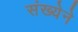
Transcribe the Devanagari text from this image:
संख्‍येने